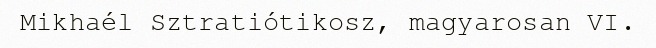
Mikhaél Sztratiótikosz, magyarosan VI.